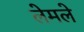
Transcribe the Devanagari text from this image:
लेमले